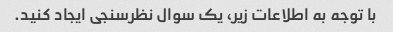
با توجه به اطلاعات زیر، یک سوال نظرسنجی ایجاد کنید.